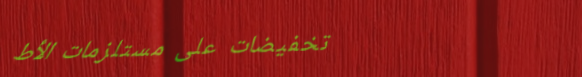
تخفيضات على مستلزمات الأط